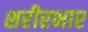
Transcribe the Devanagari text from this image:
शरीरभार